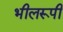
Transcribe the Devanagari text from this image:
भीलरूपी